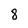
Character: 8